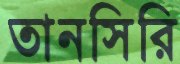
তানসিরি